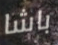
باشا